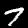
Digit: 7